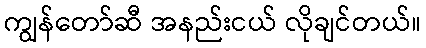
ကျွန်တော်ဆီ အနည်းငယ် လိုချင်တယ်။